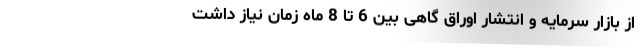
از بازار سرمایه و انتشار اوراق گاهی بین 6 تا 8 ماه زمان نیاز داشت